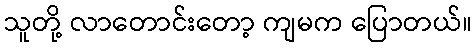
သူတို့ လာတောင်းတော့ ကျမက ပြောတယ်။